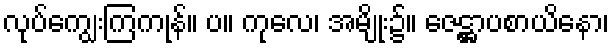
လုပ်ကျွေးကြကုန်။ ပ။ ကုလေ၊ အမျိုး၌။ ဇေဋ္ဌာပစာယိနော၊